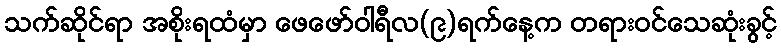
သက်ဆိုင်ရာ အစိုးရထံမှာ ဖေဖော်ဝါရီလ(၉)ရက်နေ့က တရားဝင်သေဆုံးခွင့်